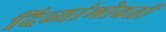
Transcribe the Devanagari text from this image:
दिव्यांभोवती